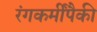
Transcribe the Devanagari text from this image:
रंगकर्मींपैकी